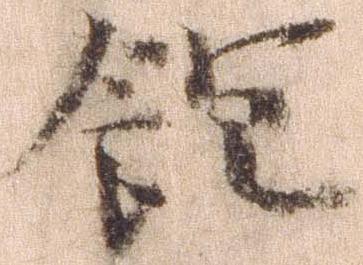
飽